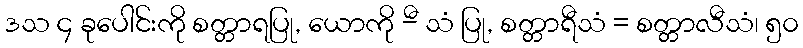
ဒသ ၄ ခုပေါင်းကို စတ္တာရပြု, ယောကို -ီ သံ ပြု, စတ္တာရီသံ = စတ္တာလီသံ၊ ၅၀